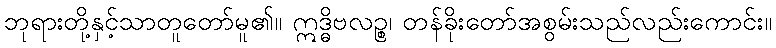
ဘုရားတို့နှင့်သာတူတော်မူ၏။ ဣဒ္ဓိဗလဉ္စ၊ တန်ခိုးတော်အစွမ်းသည်လည်းကောင်း။